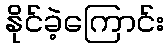
နိုင်ခဲ့ကြောင်း